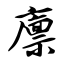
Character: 廪